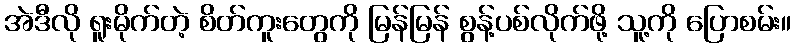
အဲဒီလို ရူးမိုက်တဲ့ စိတ်ကူးတွေကို မြန်မြန် စွန့်ပစ်လိုက်ဖို့ သူ့ကို ပြောစမ်း။